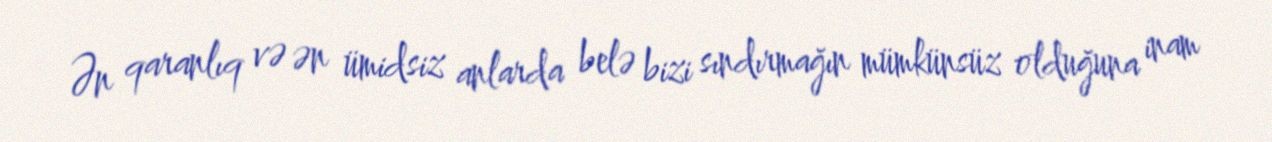
Ən qaranlıq və ən ümidsiz anlarda belə bizi sındırmağın mümkünsüz olduğuna inam